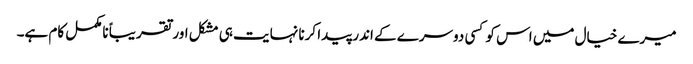
میرے خیال میں اس کو کسی دوسرے کے اندر پیدا کرنا نہایت ہی مشکل اور تقریباً نامکمل کام ہے۔